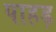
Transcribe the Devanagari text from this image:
पाहड़